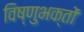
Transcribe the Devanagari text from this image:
विष्णुभक्तों